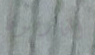
الخارقون